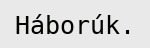
Háborúk.